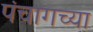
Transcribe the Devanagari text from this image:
पंचागच्या